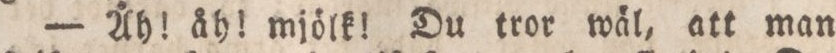
— Åh! åh! mjölk! Du tror wäl, att man